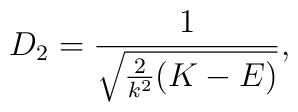
D_2=\frac{1}{\sqrt{\frac{2}{k^2}(K-E)}},